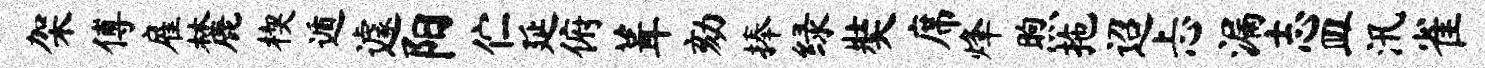
架傅雇麓楔遁遽阳伫延俯葺劾捧绿奘席烽煦拖迢忐漏志皿汛雀